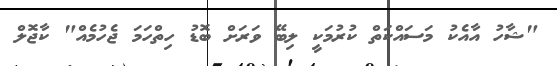
"ޝާހު އާއެކު މަސައްކަތް ކުރުމަކީ ލިބޭ ވަރަށް ބޮޑު ހިތްހަމަ ޖެހުމެއް" ކާޖޮލް